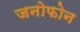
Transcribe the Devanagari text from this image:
जनोफोन